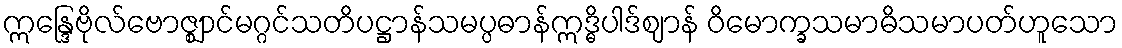
ဣန္ဒြေဗိုလ်ဗောဇ္ဈာင်မဂ္ဂင်သတိပဋ္ဌာန်သမပ္ပဓာန်ဣဒ္ဓိပါဒ်ဈာန် ဝိမောက္ခသမာဓိသမာပတ်ဟူသော